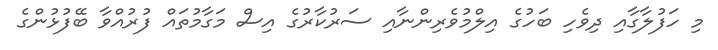
މި ހަފުލާގާއި ދިވެހި ބަހުގެ އިލްމުވެރިންނާއި ސަރުކާރުގެ އިސް މަގާމުތައް ފުރުއްވާ ބޭފުޅުންގެ